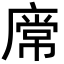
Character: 𢊥